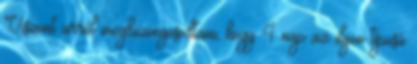
Viszont arról megbizonyosodtam, hogy 4 nap az ilyen típusú